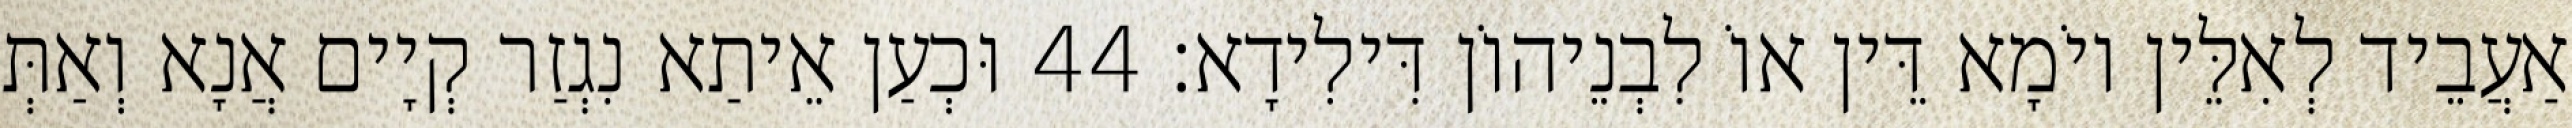
אַעֲבֵיד לְאִלֵּין יוֹמָא דֵּין אוֹ לִבְנֵיהוֹן דִּילִידָא׃ 44 וּכְעַן אֵיתַא נִגְזַר קְיָים אֲנָא וְאַתְּ